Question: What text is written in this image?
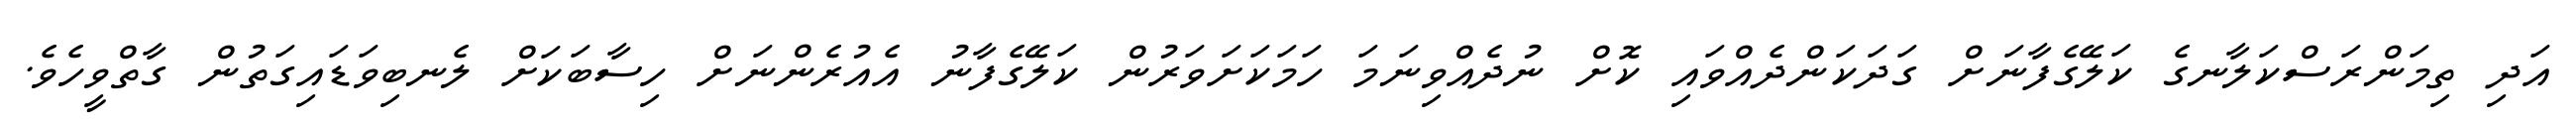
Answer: އަދި ތިމަންރަސްކަލާނގެ ކަލޭގެފާނަށް ގަދަކަންދެއްވައި ކޮށް ނުދެއްވިނަމަ ހަމަކަށަވަރުން ކަލޭގެފާނު އެއުރެންނަށް ހިސާބަކަށް ލެނބިވަޑައިގަތުން ގާތްވީހެވެ.